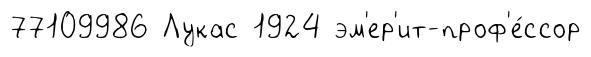
77109986 Лукас 1924 эм'ер'ит-проф'е́ссор